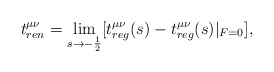
\begin{align*}t^{\mu\nu}_{ren}= \lim_{s\rightarrow -\frac 12}[t^{\mu\nu}_{reg}(s)-t^{\mu\nu}_{reg}(s)|_{F=0}],\end{align*}